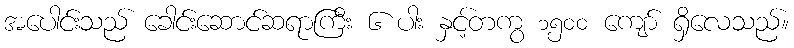
အပေါင်းသည် ခေါင်းဆောင်ဆရာကြီး ၆ ပါး နှင့်တကွ ၁၅၀၀ ကျော် ရှိလေသည်။